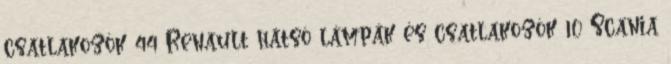
csatlakozók 44 Renault hátsó lámpák és csatlakozók 10 Scania